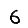
Digit: 6